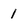
Character: I